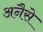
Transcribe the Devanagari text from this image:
अनैसे